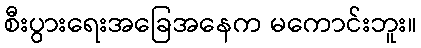
စီးပွားရေးအခြေအနေက မကောင်းဘူး။